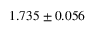
1 . 7 3 5 \pm 0 . 0 5 6